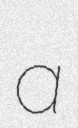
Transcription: a